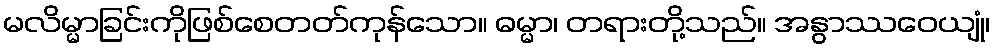
မလိမ္မာခြင်းကိုဖြစ်စေတတ်ကုန်သော။ ဓမ္မာ၊ တရားတို့သည်။ အနွာဿဝေယျုံ၊